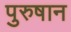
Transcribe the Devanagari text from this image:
पुरुषान